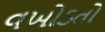
વખોડતો